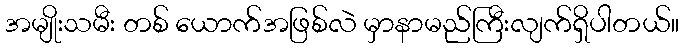
အမျိုးသမီး တစ် ယောက်အဖြစ်လဲ မှာနာမည်ကြီးလျက်ရှိပါတယ်။